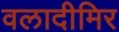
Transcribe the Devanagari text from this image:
वलादीमिर